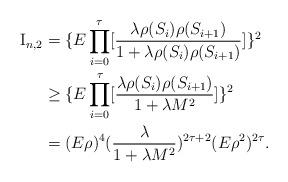
LaTeX: \begin{align*}\textrm{I}_{n,2}&=\{E\prod_{i=0}^{\tau}[\frac{\lambda\rho(S_i)\rho(S_{i+1})}{1+\lambda\rho(S_i)\rho(S_{i+1})}]\}^2\\&\geq \{E\prod_{i=0}^{\tau}[\frac{\lambda\rho(S_i)\rho(S_{i+1})}{1+\lambda M^2}]\}^2\\&=(E\rho)^4(\frac{\lambda}{1+\lambda M^2})^{2\tau+2}(E\rho^2)^{2\tau}.\end{align*}